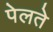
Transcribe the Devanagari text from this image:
पेलते